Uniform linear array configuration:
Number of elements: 8
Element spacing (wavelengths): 1
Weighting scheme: kaiser
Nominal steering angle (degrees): -30
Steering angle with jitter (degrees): -30.567
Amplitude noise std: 0.05
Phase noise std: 0.05

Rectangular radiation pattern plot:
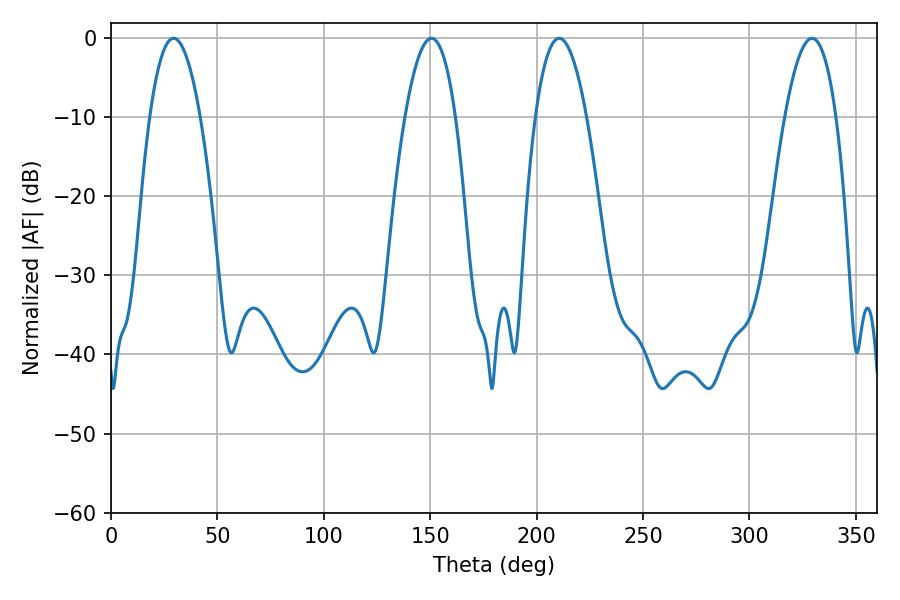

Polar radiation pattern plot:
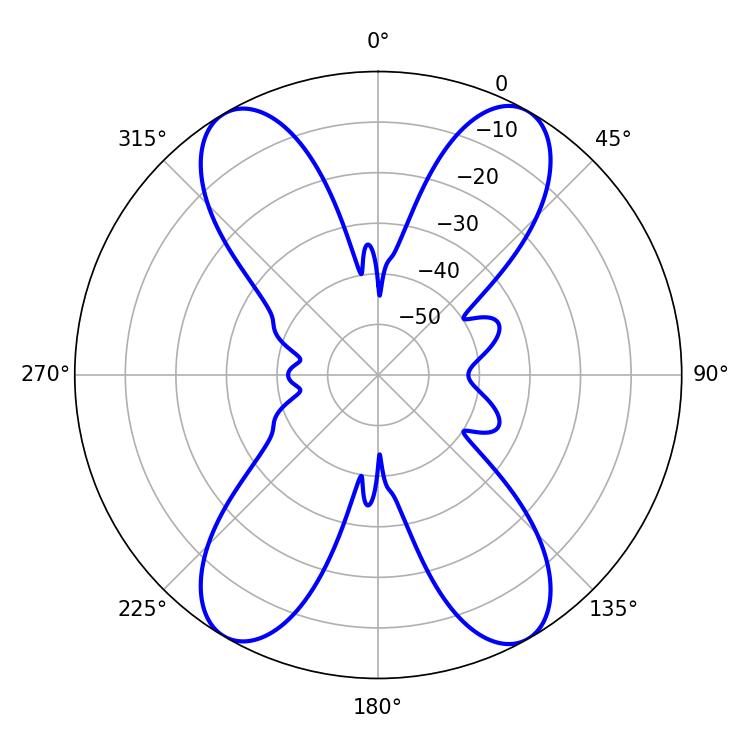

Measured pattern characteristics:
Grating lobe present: TRUE
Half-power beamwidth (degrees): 13.14
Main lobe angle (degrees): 210.6